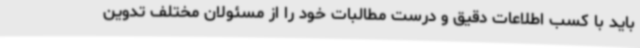
باید با کسب اطلاعات دقیق و درست مطالبات خود را از مسئولان مختلف تدوین